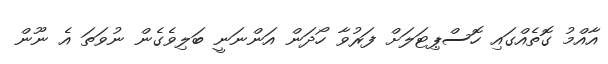
އާއްމު ގޮތެއްގައި ހޮސްޕިޓަލަށް ފަރުވާ ހޯދަން އަންނަނީ ބަލިވެގެން ނުވަތަ އެ ނޫން